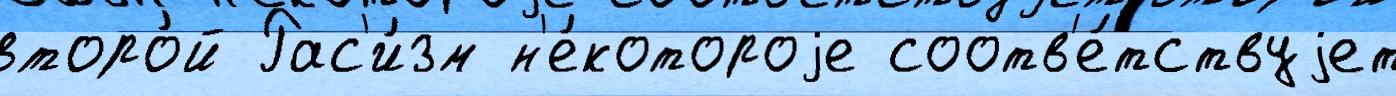
второ́й Рас'и́зм н'е́котороjе соотв'е́тствуjет